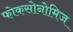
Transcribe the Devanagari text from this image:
फोकसोनोमिज